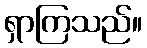
ရှာကြသည်။